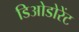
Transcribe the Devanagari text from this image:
डिओडोरेंट